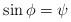
LaTeX: \begin{align*} \operatorname{sin} \phi = \psi \end{align*}